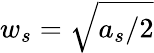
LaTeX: w_{s}=\sqrt{a_{s}/2}